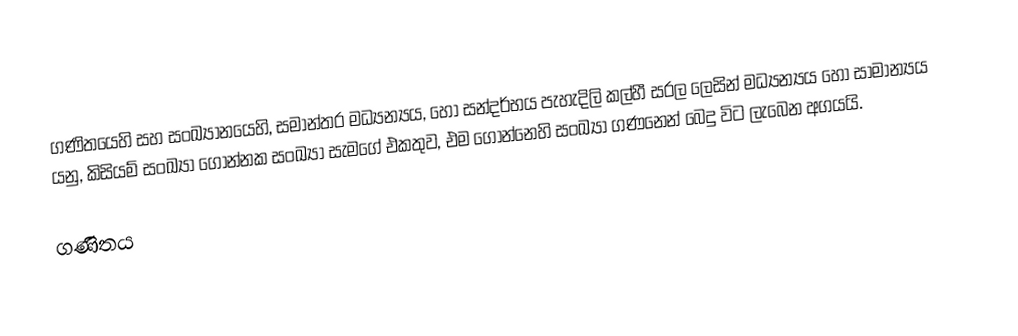
ගණිතයෙහි සහ සංඛ්‍යානයෙහි, සමාන්තර මධ්‍යන්‍යය, හෝ සන්දර්භය පැහැදිලි කල්හී සරල ලෙසින් මධ්‍යන්‍යය හෝ සාමාන්‍යය යනු, කිසියම් සංඛ්‍යා ගොන්නක සංඛ්‍යා සැමගේ එකතුව, එම ගොන්නෙහි සංඛ්‍යා ගණනෙන් බෙදු විට ලැබෙන අගයයි.

ගණිතය